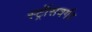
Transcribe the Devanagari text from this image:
स्ट्रॉसवर्गर